Civil Veterinary Dept. Bombay admin report 1914-1922 - 1914-1922
Year: 1914
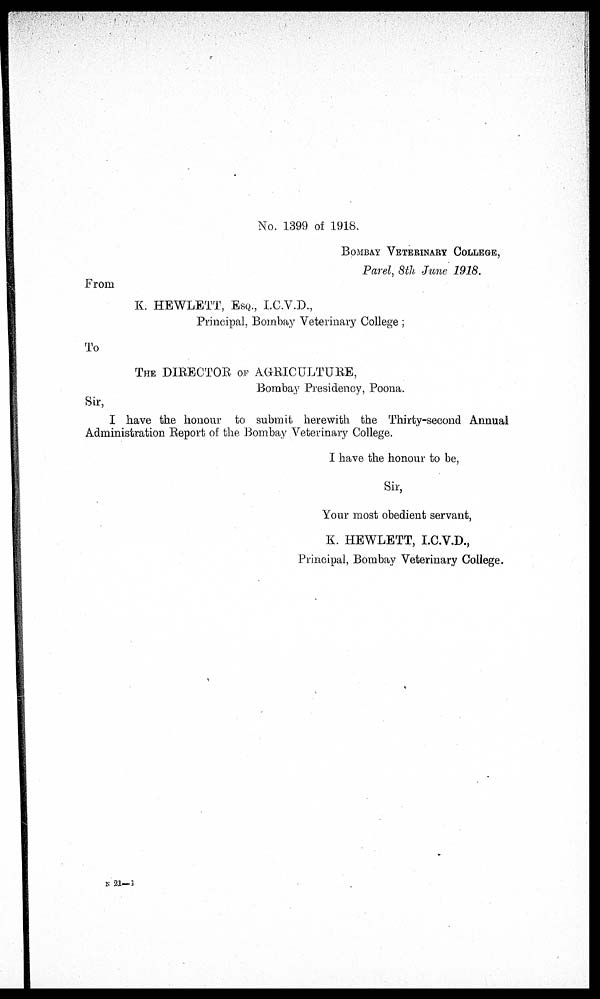
No. 1399 of 1918.
BOMBAY VETERINARY COLLEGE,
Parel, 8th June 1918.
From
K. HEWLETT, ESQ., I.C.V.D.,
Principal, Bombay Veterinary College;
To
THE DIRECTOR OF AGRICULTURE,
Bombay Presidency, Poona.
Sir,
I have the honour to submit herewith the Thirty-second Annual
Administration Report of the Bombay Veterinary College.
I have the honour to be,
Sir,
Your most obedient servant,
K. HEWLETT, I.C.V.D.,
Principal, Bombay Veterinary College.
N 21—1